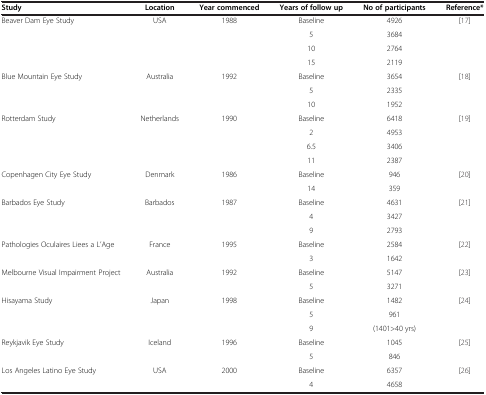
<table><thead><tr><td><b>Study</b></td><td><b>Location</b></td><td><b>Year commenced</b></td><td><b>Years of follow up</b></td><td><b>No of participants</b></td><td><b>Reference*</b></td></tr></thead><tbody><tr><td rowspan="4">Beaver Dam Eye Study</td><td rowspan="4">USA</td><td rowspan="4">1988</td><td>Baseline</td><td>4926</td><td rowspan="4">[17]</td></tr><tr><td>5</td><td>3684</td></tr><tr><td>10</td><td>2764</td></tr><tr><td>15</td><td>2119</td></tr><tr><td rowspan="3">Blue Mountain Eye Study</td><td rowspan="3">Australia</td><td rowspan="3">1992</td><td>Baseline</td><td>3654</td><td rowspan="3">[18]</td></tr><tr><td>5</td><td>2335</td></tr><tr><td>10</td><td>1952</td></tr><tr><td rowspan="4">Rotterdam Study</td><td rowspan="4">Netherlands</td><td rowspan="4">1990</td><td>Baseline</td><td>6418</td><td rowspan="4">[19]</td></tr><tr><td>2</td><td>4953</td></tr><tr><td>6.5</td><td>3406</td></tr><tr><td>11</td><td>2387</td></tr><tr><td rowspan="2">Copenhagen City Eye Study</td><td rowspan="2">Denmark</td><td rowspan="2">1986</td><td>Baseline</td><td>946</td><td rowspan="2">[20]</td></tr><tr><td>14</td><td>359</td></tr><tr><td rowspan="3">Barbados Eye Study</td><td rowspan="3">Barbados</td><td rowspan="3">1987</td><td>Baseline</td><td>4631</td><td rowspan="3">[21]</td></tr><tr><td>4</td><td>3427</td></tr><tr><td>9</td><td>2793</td></tr><tr><td rowspan="2">Pathologies Oculaires Liees a L’Age</td><td rowspan="2">France</td><td rowspan="2">1995</td><td>Baseline</td><td>2584</td><td rowspan="2">[22]</td></tr><tr><td>3</td><td>1642</td></tr><tr><td rowspan="2">Melbourne Visual Impairment Project</td><td rowspan="2">Australia</td><td rowspan="2">1992</td><td>Baseline</td><td>5147</td><td rowspan="2">[23]</td></tr><tr><td>5</td><td>3271</td></tr><tr><td rowspan="3">Hisayama Study</td><td rowspan="3">Japan</td><td rowspan="3">1998</td><td>Baseline</td><td>1482</td><td rowspan="3">[24]</td></tr><tr><td>5</td><td>961</td></tr><tr><td>9</td><td>(1401&gt;40 yrs)</td></tr><tr><td rowspan="2">Reykjavik Eye Study</td><td rowspan="2">Iceland</td><td rowspan="2">1996</td><td>Baseline</td><td>1045</td><td rowspan="2">[25]</td></tr><tr><td>5</td><td>846</td></tr><tr><td rowspan="2">Los Angeles Latino Eye Study</td><td rowspan="2">USA</td><td rowspan="2">2000</td><td>Baseline</td><td>6357</td><td rowspan="2">[26]</td></tr><tr><td>4</td><td>4658</td></tr></tbody></table>